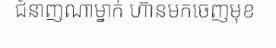
ជំនាញណាម្នាក់ ហ៊ានមកចេញមុខ